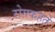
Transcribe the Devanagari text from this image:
रोगकहते